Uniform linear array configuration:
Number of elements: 64
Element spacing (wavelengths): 0.25
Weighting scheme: kaiser
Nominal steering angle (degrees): -45
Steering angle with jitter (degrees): -44.18
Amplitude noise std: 0.05
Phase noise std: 0.05

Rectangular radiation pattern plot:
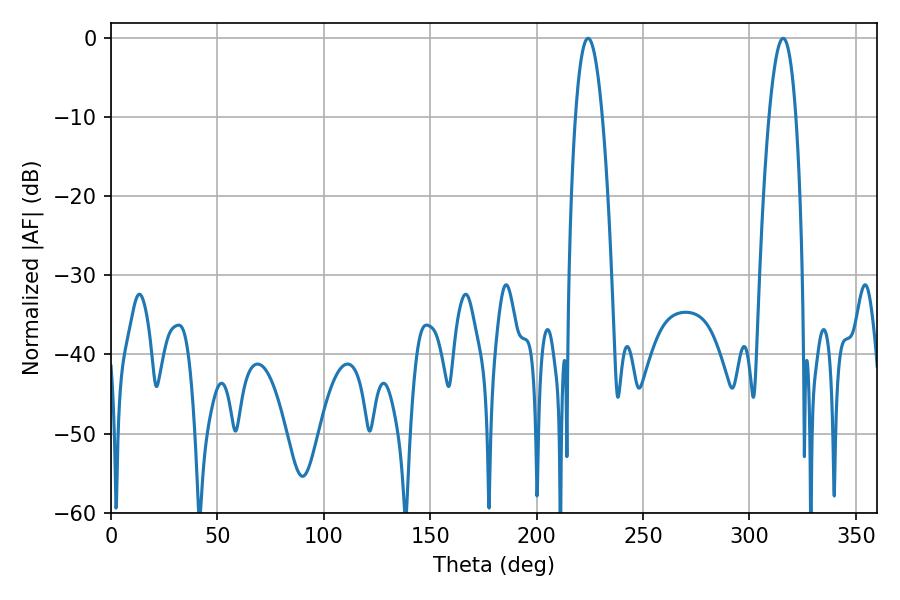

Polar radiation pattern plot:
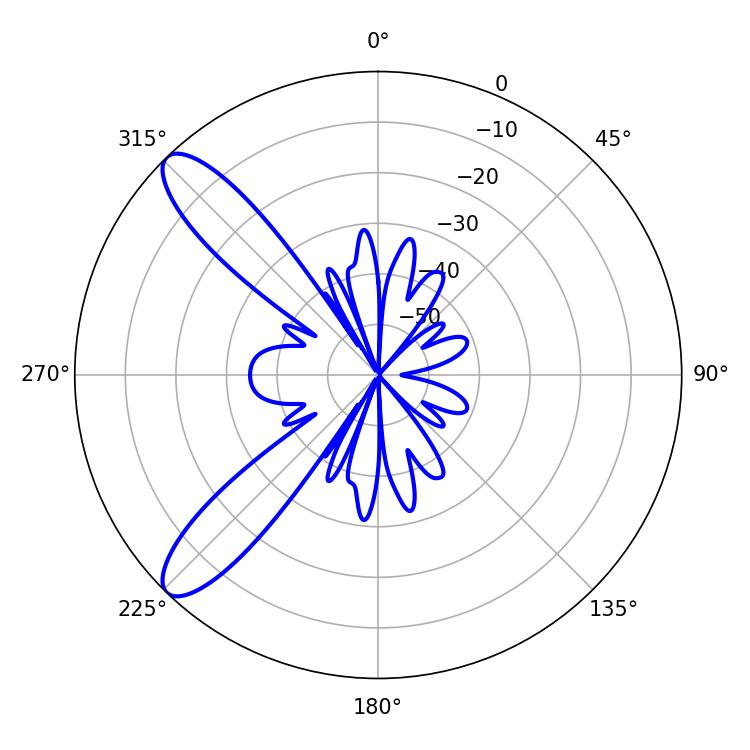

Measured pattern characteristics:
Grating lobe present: FALSE
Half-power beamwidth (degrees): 6.84
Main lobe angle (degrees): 224.1